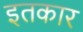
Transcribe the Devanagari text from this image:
इतकार